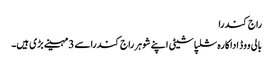
راج کندرا
بالی ووڈ اداکارہ شلپاشیٹی اپنے شوہر راج کندراسے 3مہینے بڑی ہیں۔